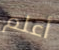
أعلم